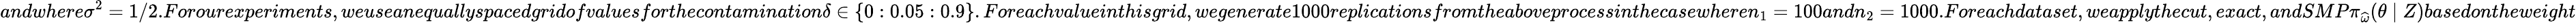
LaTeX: andwhere\sigma^{2}=1/2.Forourexperiments,weuseanequallyspacedgridofvaluesforthecontamination\delta\in\{ 0:0.05:0.9\} .Foreachvalueinthisgrid,wegenerate1000replicationsfromtheaboveprocessinthecasewheren_{1}=100andn_{2}=1000.Foreachdataset,weapplythecut,exact,andSMP\pi_{\widehat\omega}(\theta\mid Z)basedontheweight